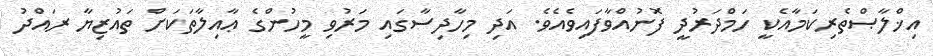
އިޚްލާޞްތެރިކަމާއެކީ ހަމްދަރުދީ ފޮނުއްވާފައިވެއެވެ. އަދި މިހާދިސާގައި މަރުވި މީހުންގެ ޢާއިލާތަކަށް ތައުޒިޔާ ރައްދު